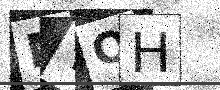
Text: MYQH